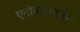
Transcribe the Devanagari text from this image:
एनोक्सापरिन